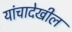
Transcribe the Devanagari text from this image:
यांचादेखील